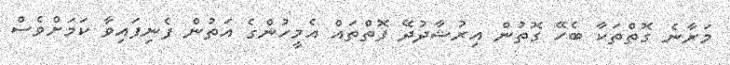
މަރާނެ ގޮތްތަކާ ބެހޭ ގޮތުން އިރުޝާދުދޭ ފޮތްތައް އެމީހުންގެ އަތުން ފެނިފައިވާ ކަމަށްވެސް